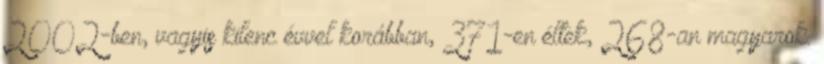
2002-ben, vagyis kilenc évvel korábban, 371-en éltek, 268-an magyarok.